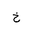
Letter: _kha